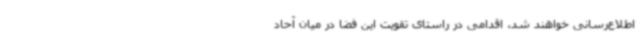
اطلاع‌رسانی خواهند شد، اقدامی در راستای تقویت این فضا در میان آحاد